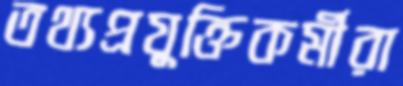
তথ্যপ্রযুক্তিকর্মীরা